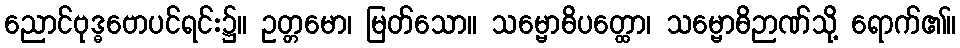
ညောင်ဗုဒ္ဓဗောပင်ရင်း၌။ ဥတ္တမော၊ မြတ်သော။ သမ္ဗောဓိပတ္ထော၊ သမ္ဗောဓိဉာဏ်သို့ ရောက်၏။